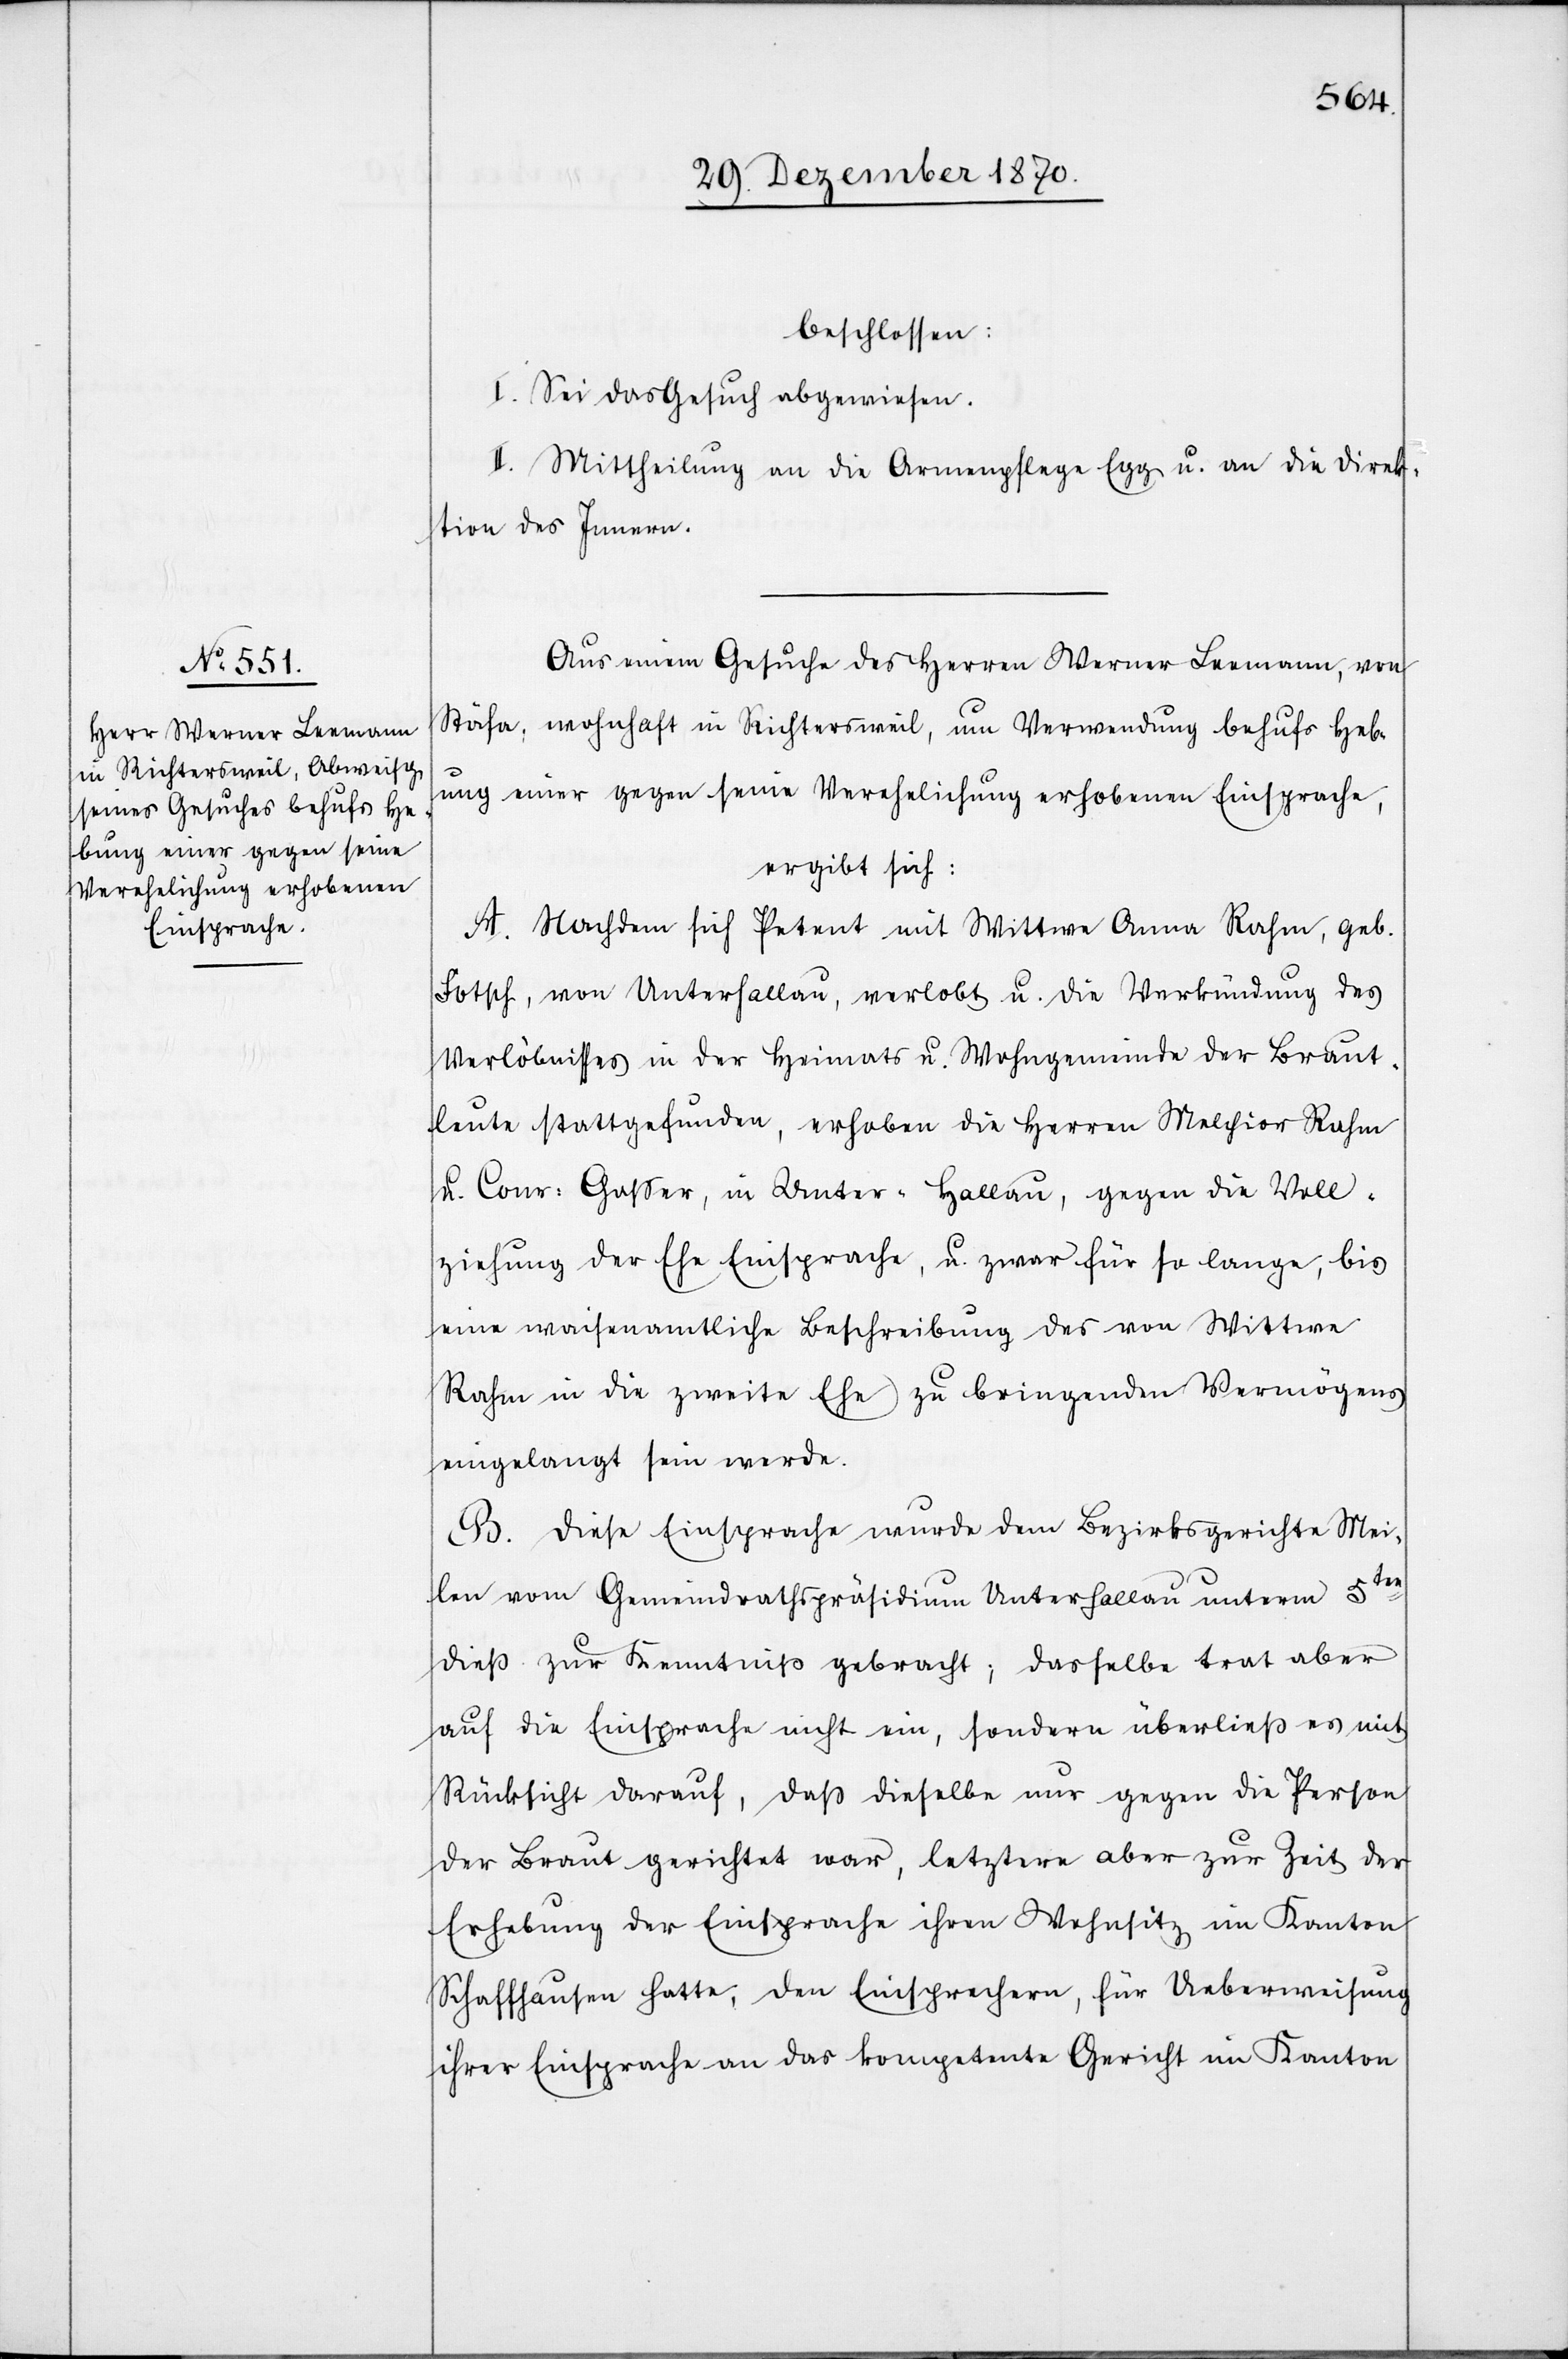
beschlossen:
I. Sei das Gesuch abgewiesen.
II. Mittheilung an die Armenpflege Egg u. an die Direk¬
tion des Innern.
Aus einem Gesuche des Herren Werner Leemann, von
Stäfa, wohnhaft in Richtersweil, um Verwendung behufs Heb¬
ung einer gegen seine Verehelichung erhobene Einsprache,
ergibt sich:
A. Nachdem sich Petent mit Wittwe Anna Rahm, geb.
Fotsch, von Unterhallau, verlobt u. die Verkündung des
Verlöbnisses in der Heimats[-] u. Wohngemeinde der Braut¬
leute stattgefunden, erhoben die Herren Melchior Rahm
u. Conr: Gaßer, in Unter - Hallau, gegen die Voll¬
ziehung der Ehe Einsprache, u. zwar für so lange, bis
eine waisenamtliche Beschreibung des von Wittwe
Rahm in die zweite Ehe zu bringenden Vermögens
eingelangt sein werde.
B. Diese Einsrpache wurde dem Bezirksgerichte Mei¬
len vom Gemeindrathspräsidium Unterhallau unterm 5ten
dieß zur Kenntniß gebracht; dasselbe trat aber
auf die Einsprache nicht ein, sondern überließ es mit
Rücksicht darauf, daß dieselbe nur gegen die Person
der Braut gerichtet war, letztere aber zur Zeit der
Erhebung der Einsprache ihren Wohnsitz im Kanton
Schaffhausen hatte, den Einsprechern, für Ueberweisung
ihrer Einsprache an das kompetente Gericht im Kanton